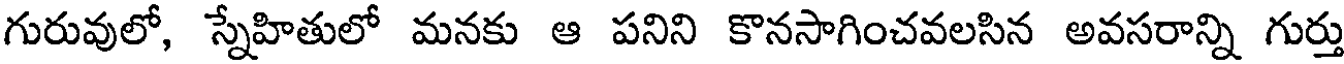
గురువులో, స్నేహితులో మనకు ఆ పనిని కొనసాగించవలసిన అవసరాన్ని గుర్తు